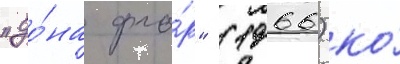
"до́на фло́р" (1966) ко́